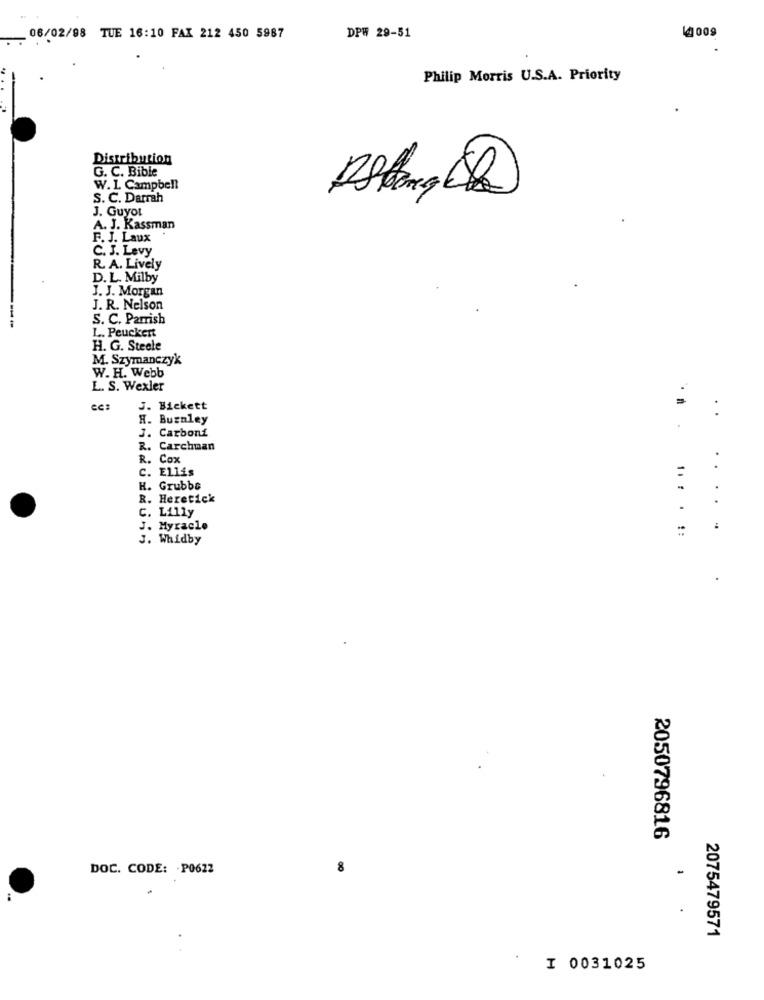
14 009
06/02/98 TUE 16:10 FAX 212 450 5987
DPW 29-51
Philip Morris U.S.A. Priority
Distribution
G. C. Bible
W. 1. Campbell
S. C. Darrah
J. Guyot
A. J. Kassman
F. J. Laux
C. J. Levy
R. A. Lively
D. L. Milby
J. J. Morgan
J. R. Nelson
S. C. Parrish
L. Peuckert
H. G. Steele
M. Szymanczyk
W. H. Webb
L. S. Wexler
J. Bickett
H. Burnley
J. Carboní
R. Carchuan
R. Cox
C. Ellis
..
H. Grubbe
R. Heretick
C. Lilly
J. Myracle
3. Whidby
... . !:
2050796816
DOC. CODE: - P0622
8
-
2075479571
I 0031025